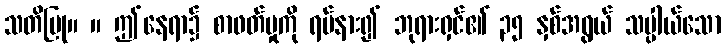
သတိပြု။ ။ ဤနေရာ၌ စာဖတ်မှုကို ရပ်နား၍ ဘုရားရှင်၏ ၃၅ နှစ်အရွယ် သပ္ပါယ်သော